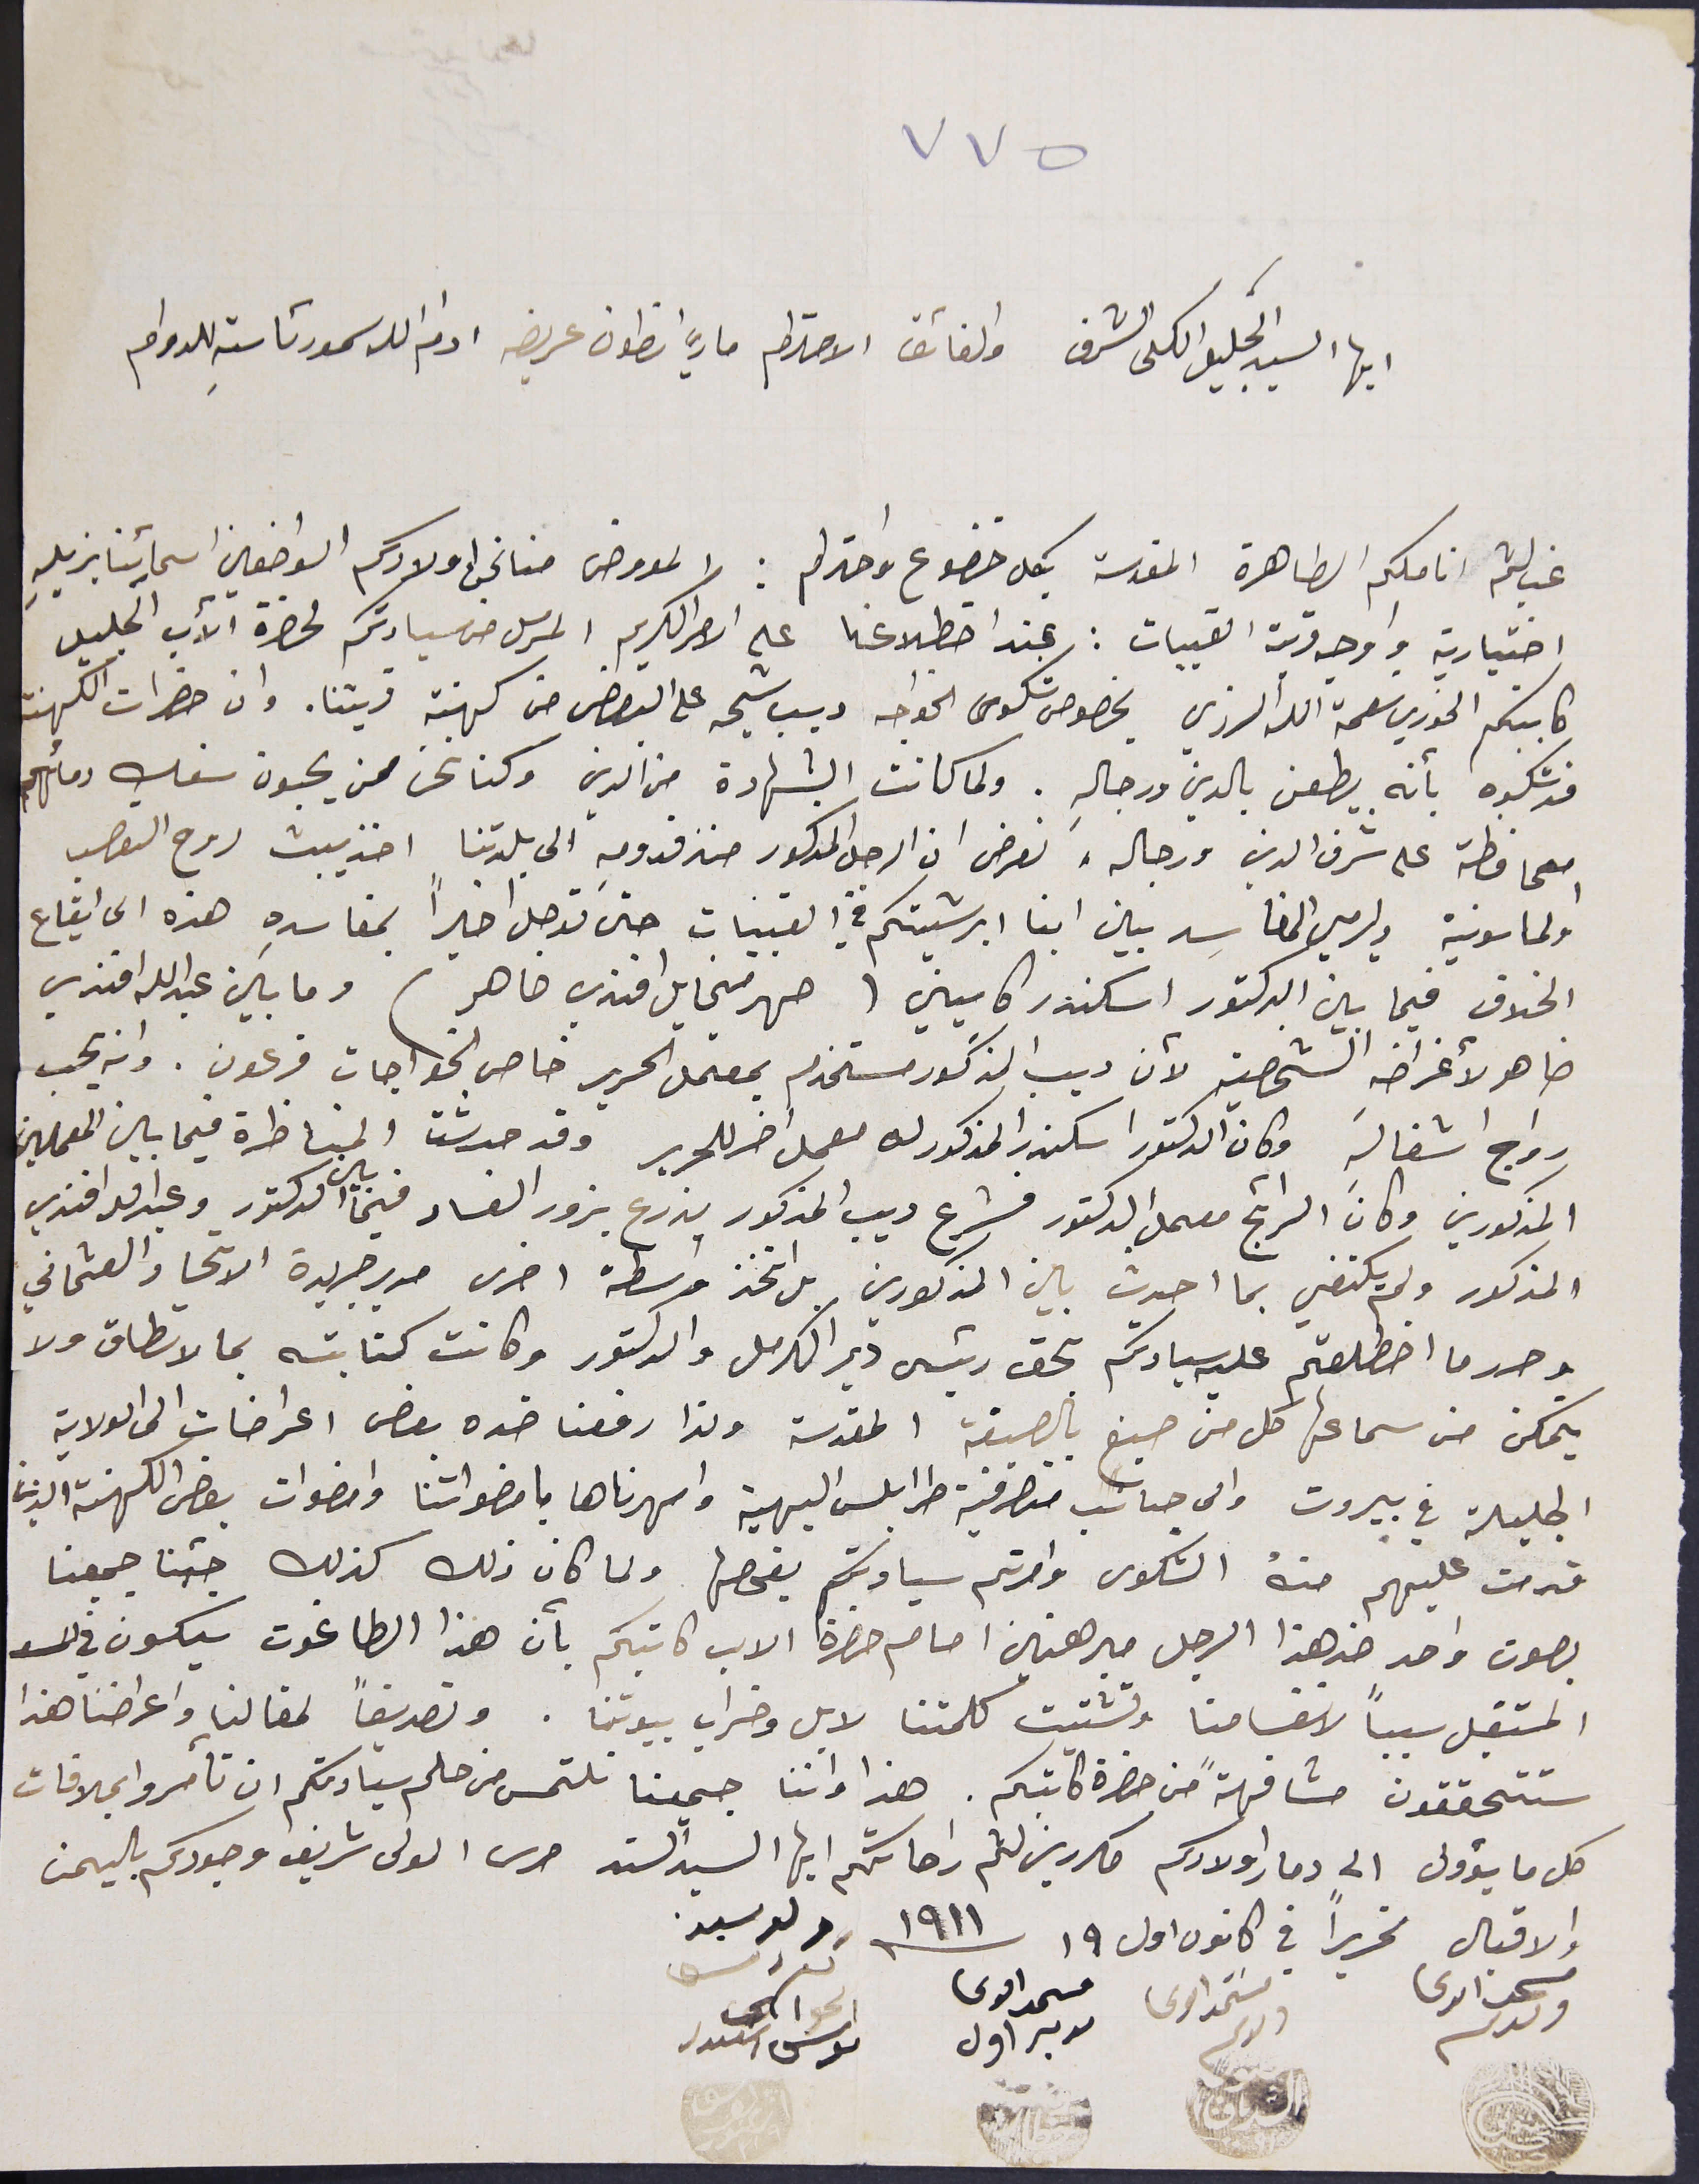
٧٧٥
ايها السيد الجليل الكلى الشرف والفائق الاحترام ماري انطون عريضه ادام الله سمو رئاستهِ للدوام
غب لثم اناملكم الطاهرة المقدسة بكل خضوع واحترام: المعروض منا نحن اولادكم الواضعين اسمائِنا بزبلهِ
اختيارية واوجه قرية القبيات: عند اضطلاعنا على الامر الكريم المرسل من سيادتكم لحضرة الآب الجليل
كاتبكم الخوري نعمة الله الرزي بخصوص شكوى الخواجه ديب شيحه على البعض من كهنة قريتنا. وان حضرات الكهنة
قد شكوه بأنه يطعن بالدين ورجاله. ولما كانت الشهادة من الدين وكنا نحن ممن يحبون سفك دمائهم
للمحافظة على شرف الدين ورجاله، نعرض ان الرجل المذكور منذ قدومه الى بلدتنا اخذ يبث روح التعصب
والماسونية ويرمي المفاسد بين ابنا ابرشيتكم في القبيات حتى توصل اخيراً بمفاسدِه هذه الى ايقاع
الخلاف فيما بين الدكتور اسكندر كاسيني ( صهر ميخايل افندي ضاهر ) وما بين عبدالله افندي
ضاهر لأغراضهِ الشخصيه لأن ديب المذكور مستخدم بمعمل الحرير خاص الخواجات فرعون. وانه يحب
رواج اشغاله وكان الدكتور اسكندر المذكور له معمل اخر للحرير وقد حدثت المناظرة فيما بين المعملين
المذكورين وكان الرائج معمل الدكتور فشرع ديب المذكور يزرع بزور الفساد فيما بين الدكتور وعبد الله افندي
المذكور ولم يكتفي بما احدث بين المذكورين بل اتخذ واسطة اخرى مدير جريدة الاتحاد العثماني
وحرر ما اضطلعتم عليه سيادتكم بحق رئيس دير الكرمل والدكتور وكانت كتابته بما لا تطاق ولا
يتمكن من سماعها كل من صبغ بالصبغة المقدسة ولذا رفعنا ضده بعض اعراضات الى الولاية
الجليلة في بيروت والى جانب متصرفية طرابلس البهية وامهرناها بامضواتنا وامضوات بعض الكهنة الذين
قدمت عليهم منهُ الشكوى وامرتم سيادتكم بفحصها ولما كان ذلك كذلك جئنا جميعنا
بصوت واحد ضد هذا الرجل مبرهنين امام حضرة الاب كاتبكم بأن هذا الطاغوت سيكون في
المستقبل سبباً لانقسامنا وتشتيت كلمتنا لابل وخراب بيوتنا. وتصديقاً لمقالنا واعراضنا هذا
ستتحققون مشافهةً من حضرة كاتبكم. هذا واننا جميعنا نلتمس من حلم سيادتكم ان تأمروا بملاقات
كل ما يؤول الى دمار اولادكم مكررين لثم راحاتكم ايها السيد السند حرس المولى شريف وجودكم باليمن
والاقبال تحريراً في كانون اول ١٩ سنه ١٩١١، ولد سيد
   مستمد الدعا ولدكم           مستمد الدعا ولدكم    مستمد الدعا مدبر اول  الحورى ىوسف اسكىدر